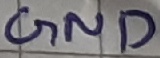
Text: GND